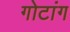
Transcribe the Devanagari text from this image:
गोटांग